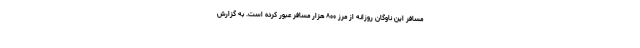
مسافر این ناوگان روزانه از مرز ۸۰۰ هزار مسافر عبور کرده است. به گزارش